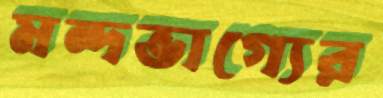
মন্দভাগ্যের